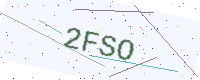
Text: 2FSO